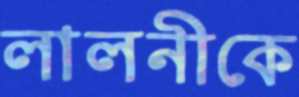
লালনীকে